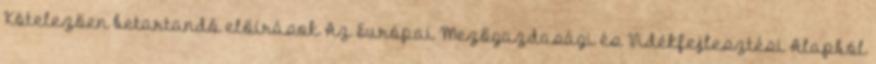
Kötelezően betartandó előírások Az Európai Mezőgazdasági és Vidékfejlesztési Alapból